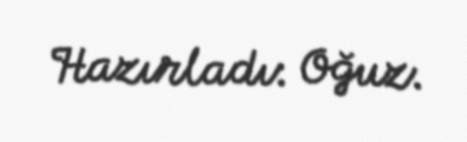
Hazırladı: Oğuz.